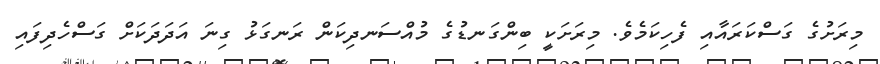
މިރަށުގެ ގަސްކަރައާއި ފެހިކަމެވެ. މިރަށަކީ ބިންގަނޑުގެ މުއްސަނދިކަން ރަނގަޅު ގިނަ އަދަދަކަށް ގަސްހެދިފައި